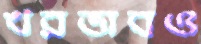
খরভাবও